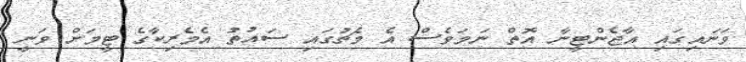
ވަނައިގައި އާޖެންޓީނާ އޮތް ނަމަވެސް އެ މެޗުގައި ސައުތު އެމެރިކާގެ ޓީމަށް ވަނީ